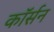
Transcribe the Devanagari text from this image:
कॉर्सन